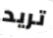
تريد